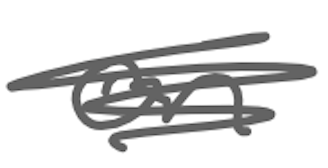
Text: on
Cross-out: scratch
Writing tool: digital_gray